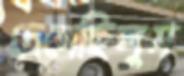
দেগেছিলুম